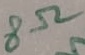
Text: 8Ω